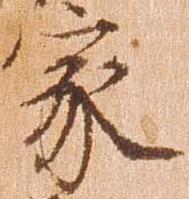
家